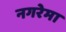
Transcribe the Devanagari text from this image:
नगरेमा